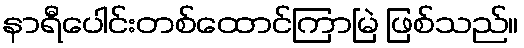
နာရီပေါင်းတစ်ထောင်ကြာမြဲ ဖြစ်သည်။